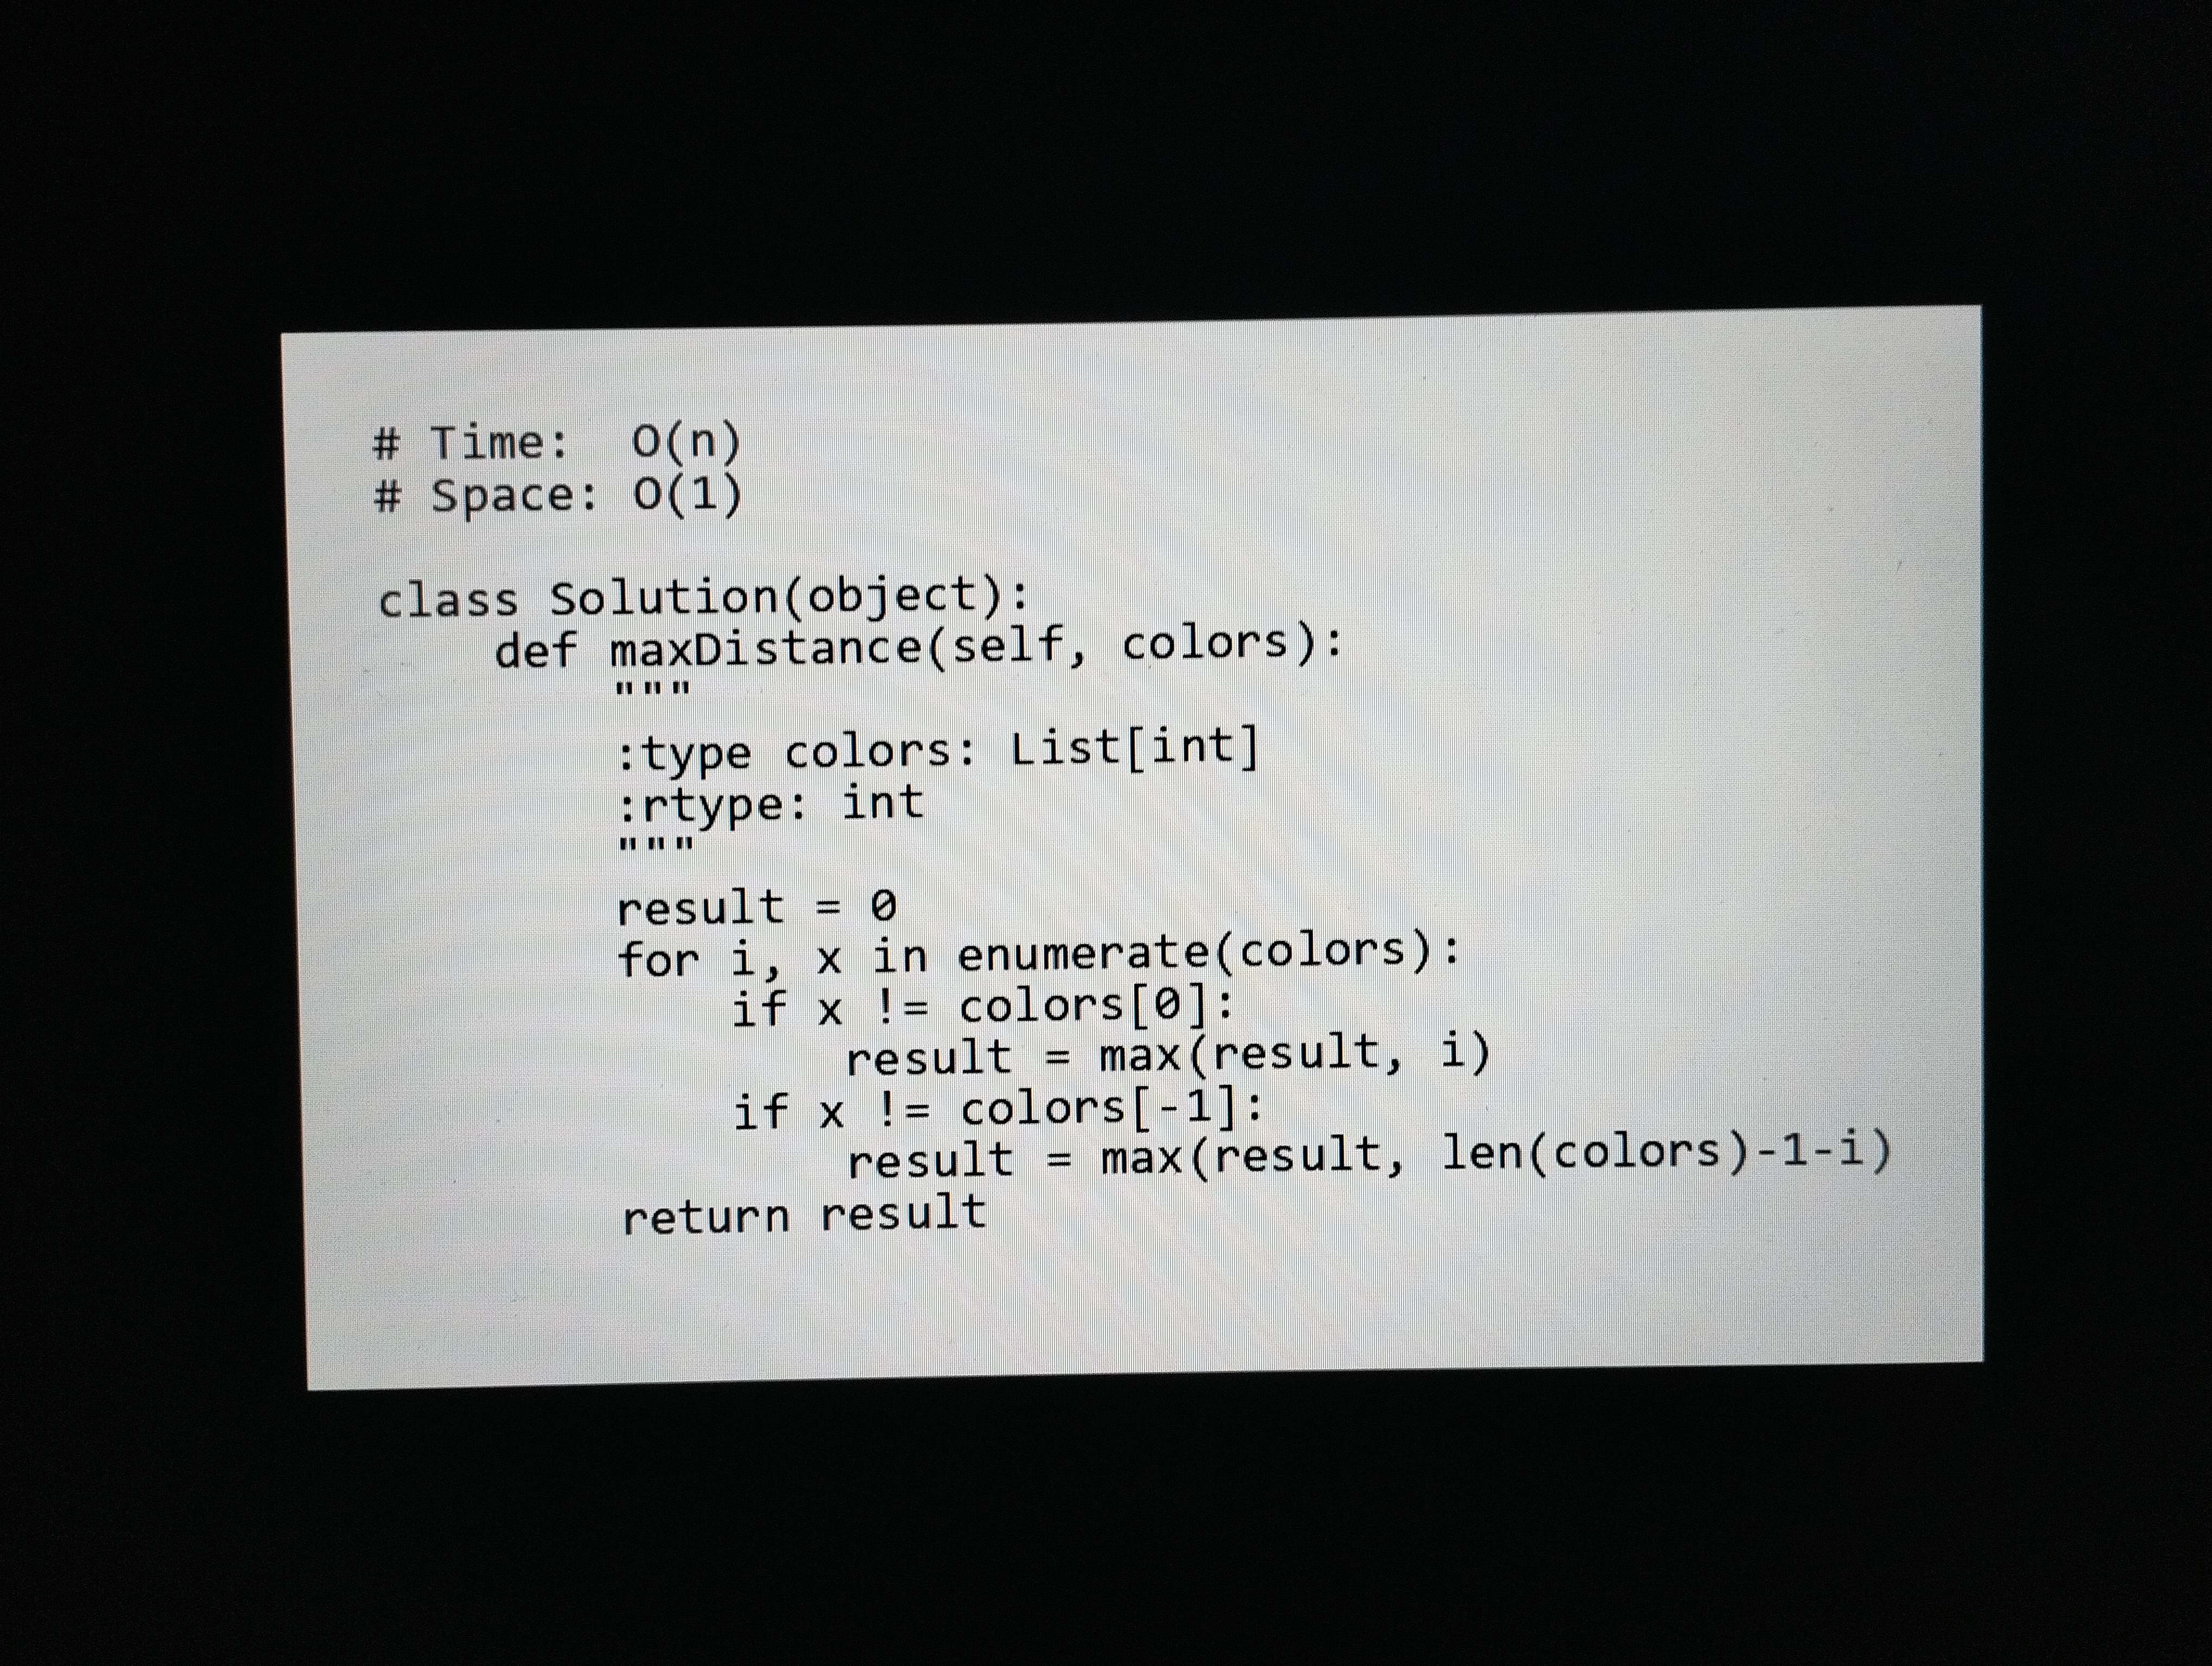
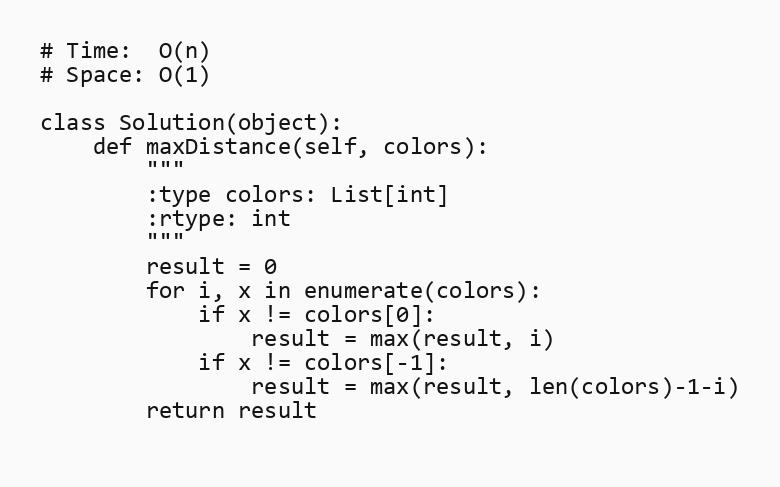
# Time:  O(n)
# Space: O(1)

class Solution(object):
    def maxDistance(self, colors):
        """
        :type colors: List[int]
        :rtype: int
        """
        result = 0
        for i, x in enumerate(colors):
            if x != colors[0]:
                result = max(result, i)
            if x != colors[-1]:
                result = max(result, len(colors)-1-i)
        return result